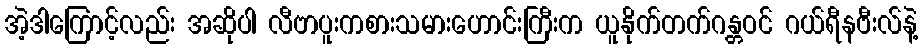
အဲ့ဒါကြောင့်လည်း အဆိုပါ လီဗာပူးကစားသမားဟောင်းကြီးက ယူနိုက်တက်ဂန္တဝင် ဂယ်ရီနဗီးလ်နဲ့